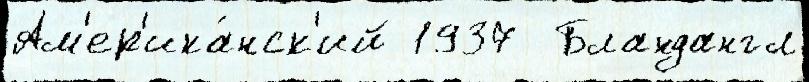
Ам'ер'ика́нск'ий 1937  Бландангл